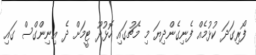
ފޯރިގަދަ ކުޅުމެއް ފެނިގެންދިޔަ މި މެޗުގައި ހޮޅުދޫ ޓީމަށް ދެ އިނިންގްސް ގައި